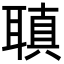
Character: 𦗀